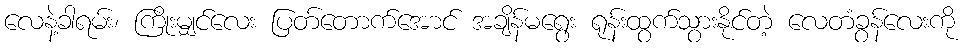
လေနဲ့ခါရမ်း၊ ကြိုးမျှင်လေး ပြတ်တောက်အောင် အချိန်မရွေး ရုန်းထွက်သွားနိုင်တဲ့ လေတံခွန်လေးကို